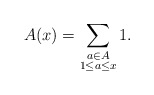
\begin{align*}A(x) = \sum_{\substack{a \in A \\ 1 \leq a \leq x}} 1.\end{align*}